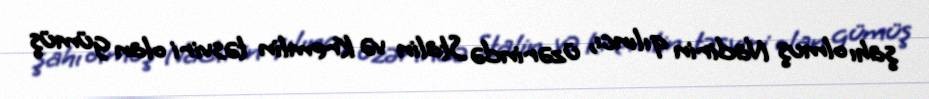
şahı olmuş Nadirin qılıncı, üzərində Stalin və Kremlin təsviri olan gümüş